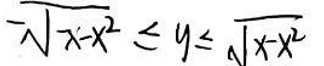
$-\sqrt{-x - x^2} \leq y \leq \sqrt{x - x^2}$